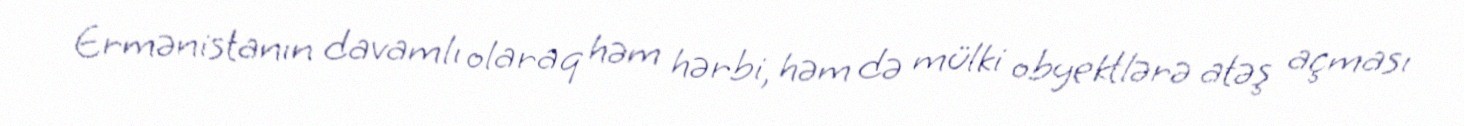
Ermənistanın davamlı olaraq həm hərbi, həm də mülki obyektlərə atəş açması